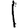
Digit: 1